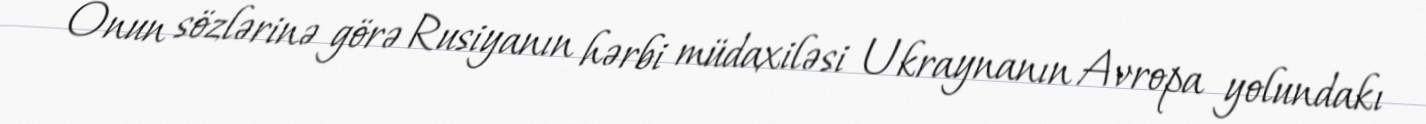
Onun sözlərinə görə Rusiyanın hərbi müdaxiləsi Ukraynanın Avropa yolundakı